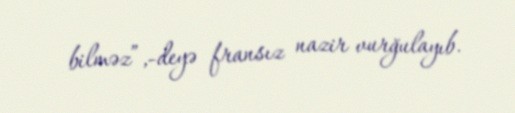
bilməz”,-deyə fransız nazir vurğulayıb.